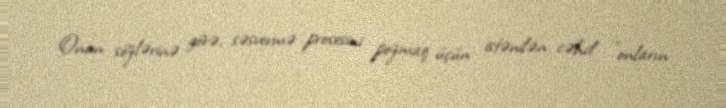
Onun sözlərinə görə, səsvermə prosesini pozmaq üçün istənilən cəhd "onların